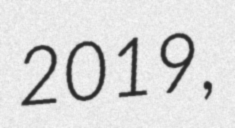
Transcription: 2019,